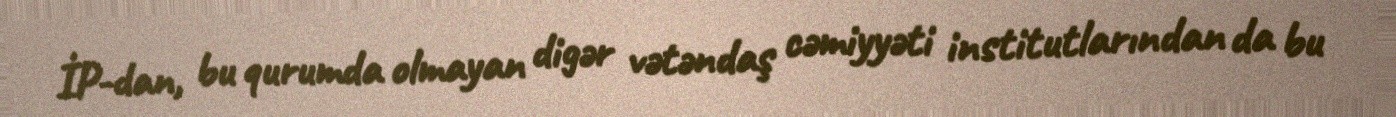
İP-dan, bu qurumda olmayan digər vətəndaş cəmiyyəti institutlarından da bu